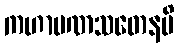
ကဟာပဏသတေနပိ